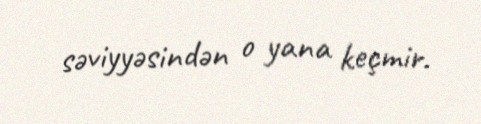
səviyyəsindən o yana keçmir.